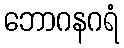
ဘောဂနဂရံ